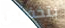
بتخفيض